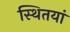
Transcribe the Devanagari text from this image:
स्थितयां